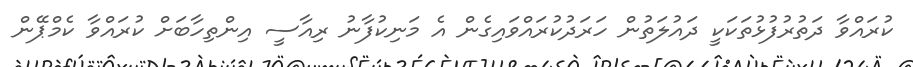
ކުރައްވާ ދަތުރުފުޅުތަކަކީ ދައުލަތުން ހަރަދުކުރައްވައިގެން އެ މަނިކުފާނު ރިއާސީ އިންތިހާބަށް ކުރައްވާ ކެމްޕޭން